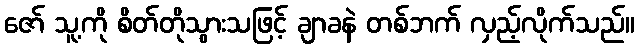
ဇော် သူ့ကို စိတ်တိုသွားသဖြင့် ချာခနဲ တစ်ဘက် လှည့်လိုက်သည်။